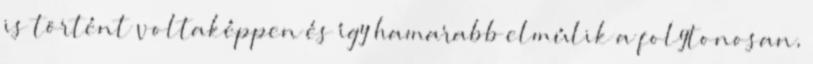
is történt voltaképpen és így hamarabb elmúlik a folytonosan,